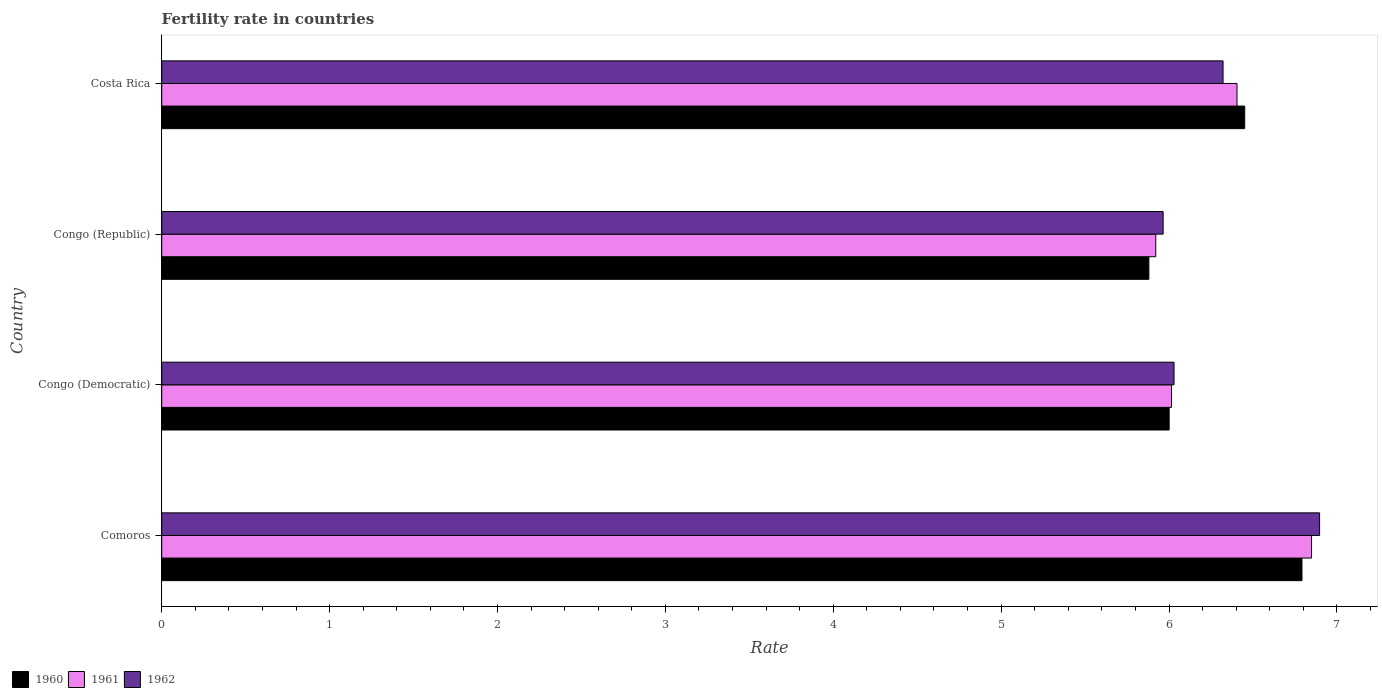
| Country | 1960 | 1961 | 1962 |
 | --- | --- | --- | --- |
 | Comoros | 6.79 | 6.85 | 6.9 |
 | Congo (Democratic) | 6 | 6.01 | 6.03 |
 | Congo (Republic) | 5.88 | 5.92 | 5.96 |
 | Costa Rica | 6.45 | 6.41 | 6.32 |